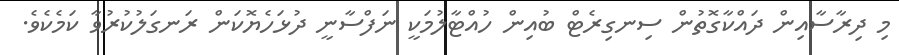
މި ދިރާސާއިން ދައްކާގޮތުން ސިނގިރެޓް ބުއިން ހުއްޓާލުމަކީ ނަފްސާނީ ދުޅަހެޔޮކަން ރަނގަލުކުރުވާ ކަމެކެވެ.